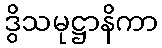
ဒွိသမုဋ္ဌာနိကာ